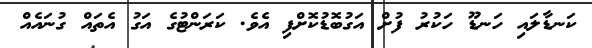
ކަނޑާލައި ހަނޑޫ ހަކުރު ފުށް އަގުބޮޑުކޮށްފި އެވެ. ކަރަންޓުގެ އަގު އެތައް ގުނައެއް